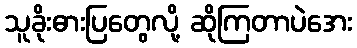
သူခိုးဓားပြတွေလို့ ဆိုကြတာပဲအေး